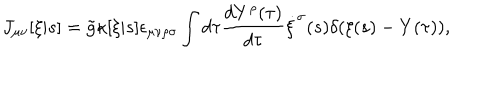
J _ { \mu \nu } [ \xi | s ] = \tilde { g } \kappa [ \xi | s ] \epsilon _ { \mu \nu \rho \sigma } \int d \tau \frac { d Y ^ { \rho } ( \tau ) } { d \tau } \dot { \xi } ^ { \sigma } ( s ) \delta ( \xi ( s ) - Y ( \tau ) ) ,